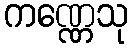
ကဏ္ဏေသု